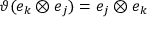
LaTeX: \vartheta ( e _ { k } \otimes e _ { j } ) = e _ { j } \otimes e _ { k }